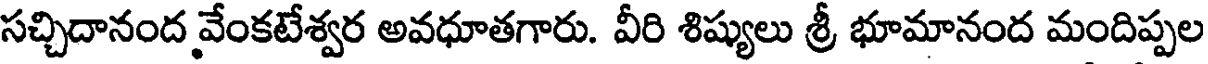
సచ్చిదానంద వేంకటేశ్వర అవధూతగారు. వీరి శిష్యులు శ్రీ భూమానంద మందిప్పల